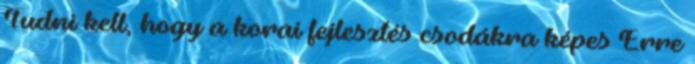
Tudni kell, hogy a korai fejlesztés csodákra képes Erre